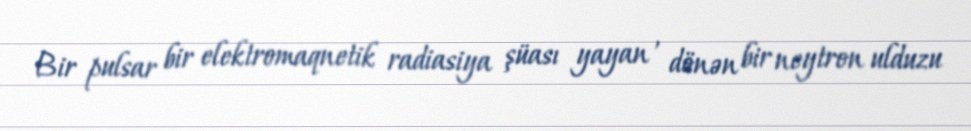
Bir pulsar bir elektromaqnetik radiasiya şüası yayan , dönən bir neytron ulduzu